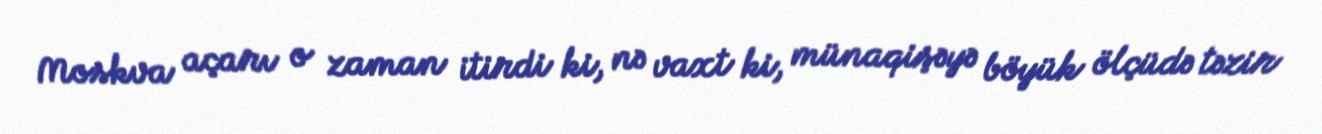
Moskva açarı o zaman itirdi ki, nə vaxt ki, münaqişəyə böyük ölçüdə təzir